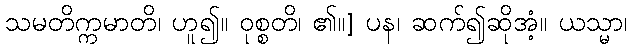
သမတိက္ကမာတိ၊ ဟူ၍။ ဝုစ္စတိ၊ ၏။] ပန၊ ဆက်၍ဆိုအံ့။ ယသ္မာ၊